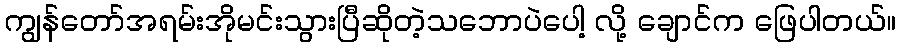
ကျွန်တော်အရမ်းအိုမင်းသွားပြီဆိုတဲ့သဘောပဲပေါ့ လို့ ချောင်က ဖြေပါတယ်။